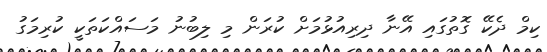
ކިމް ދެކޭ ގޮތުގައި އޭނާ ދިރިއުޅުމަށް ކުރަން މި ލިބުނު މަސައްކަތަކީ ކުރިމަގު